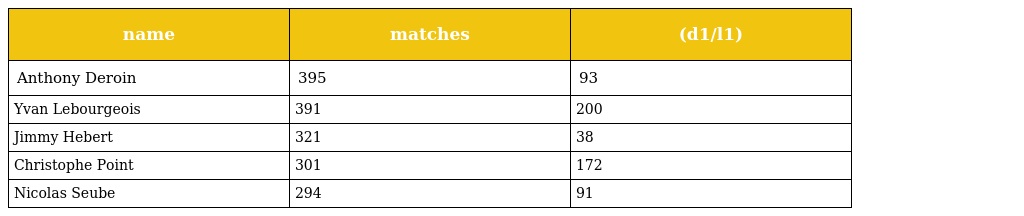
| name | matches | (d1/l1) |
 | --- | --- | --- |
 | Anthony Deroin | 395 | 93 |
 | Yvan Lebourgeois | 391 | 200 |
 | Jimmy Hebert | 321 | 38 |
 | Christophe Point | 301 | 172 |
 | Nicolas Seube | 294 | 91 |